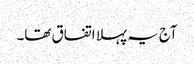
آج یہ پہلا اتفاق تھا۔